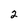
Character: 2